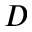
D